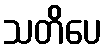
သတိပေ